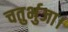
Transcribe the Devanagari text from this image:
चतुर्भुजा।